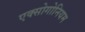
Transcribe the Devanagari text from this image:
एक्सोगोनियम